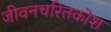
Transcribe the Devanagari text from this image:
जीवनचरितकोश